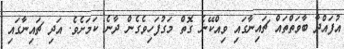
އުފައްދާ ބާވަތްތައް ޗައިނާގައި ވިއްކޭނެ ގޮތް މަގުފަހިވެގެން ދާނެ ކަމަށެވެ. އަދި ޗައިނާގައި